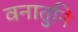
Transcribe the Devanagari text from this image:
वनातुनि